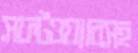
সফটওয়্যারসহ